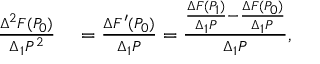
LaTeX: \begin{array} { r l } { { \frac { \Delta ^ { 2 } F ( P _ { 0 } ) } { \Delta _ { 1 } P ^ { 2 } } } } & { { } = { \frac { \Delta F ^ { \prime } ( P _ { 0 } ) } { \Delta _ { 1 } P } } = { \frac { { \frac { \Delta F ( P _ { 1 } ) } { \Delta _ { 1 } P } } - { \frac { \Delta F ( P _ { 0 } ) } { \Delta _ { 1 } P } } } { \Delta _ { 1 } P } } , } \end{array}